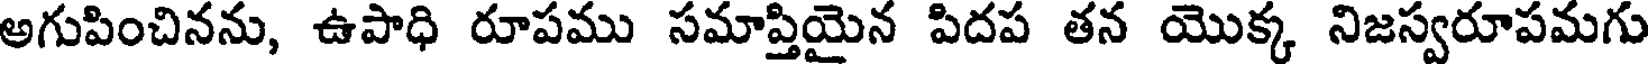
అగుపించినను, ఉపాధి రూపము సమాప్తియైన పిదప తన యొక్క నిజస్వరూపమగు